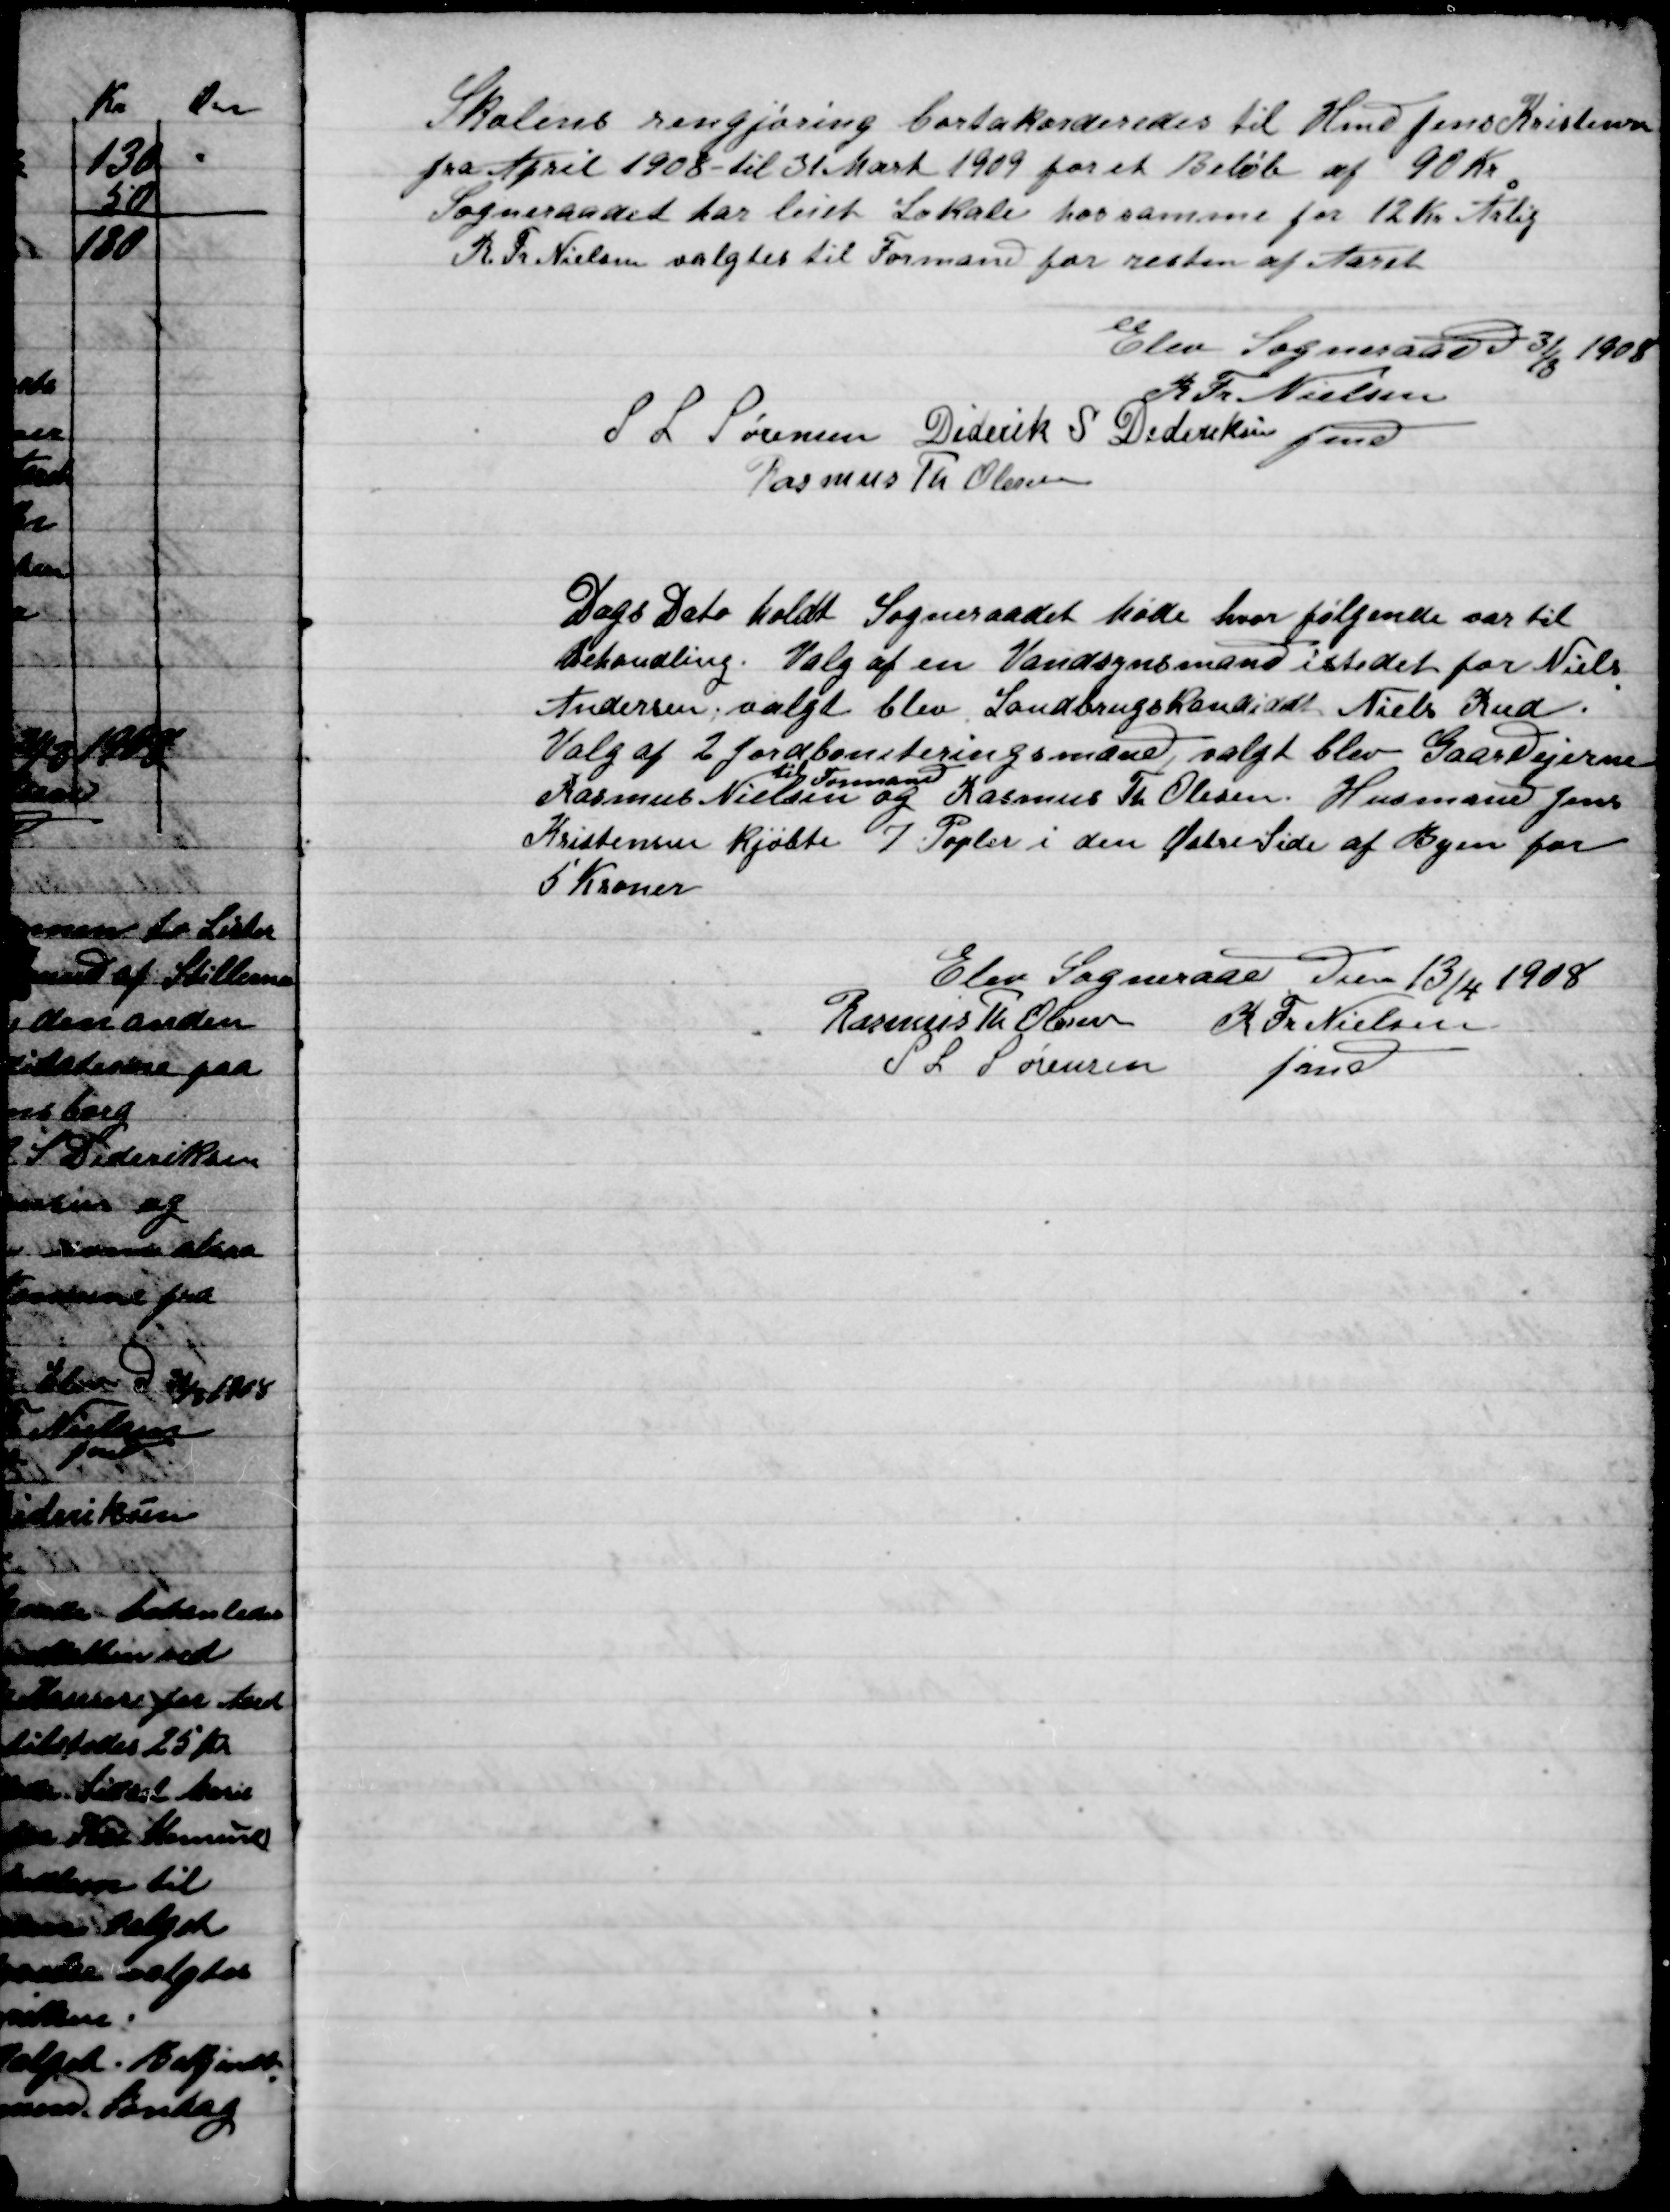
Transskription:
Skolens rengjøring bortakorderedes til Hmd. Jens Kristensen
for April 1908- til 31. Marts 1909 for et beløb af 90 Kr.
Sogneraadet har leiet Lokale hos samme for 12 Kr. Årlig
R. Fr. Nielsen solgtes til Formand for resten af Aaret.

Elev Sogneraad D. 31/8 1908

R. Fr. Nielsen
Fmd.
S. L. Sørensen
Diderik Dideriksen
Rasmus Th. Olesen

Dags Dato holdt Sogneraadet Møde hvor følgende var til
Behandling. Valg af en Vandsynsmand i stedet for Niels
Andersen; valgt blev Landbrugskandidat Niels Rud
Valg af 2 Jordboneteringsmand valgt blev Gaardejerne
Rasmus Nielsen
 til Formand
og Rasmus Tr. Olesen Husmand Jens
Kristensen Kjøbte. 7 Popler i den Østre Side af Byen for
5 Kroner.

Elev Sogneraad Den 13/4 1908

Rasmus Th. Olesen
S. L. Sørensen
R. Fr. Nielsen
Fmd.